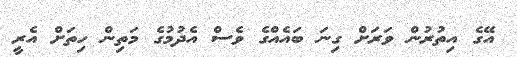
އޭގެ އިތުރުން ވަރަށް ގިނަ ބައެއްގެ ވެސް އެދުމުގެ މަތިން ހިތަށް އެރީ